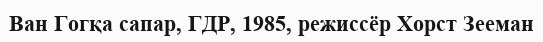
Ван Гогқа сапар, ГДР, 1985, режиссёр Хорст Зееман